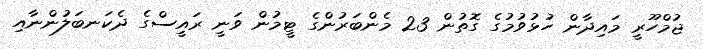
ޖުމްހޫރީ މައިދާން ހުޅުވުމުގެ ގޮތުން 23 މެންބަރުންގެ ޓީމުން ވަނީ ރައީސްގެ ދެކަނބަލުންނާއި